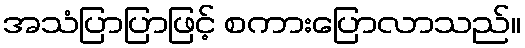
အသံပြာပြာဖြင့် စကားပြောလာသည်။